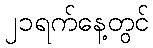
၂၁ရက်နေ့တွင်